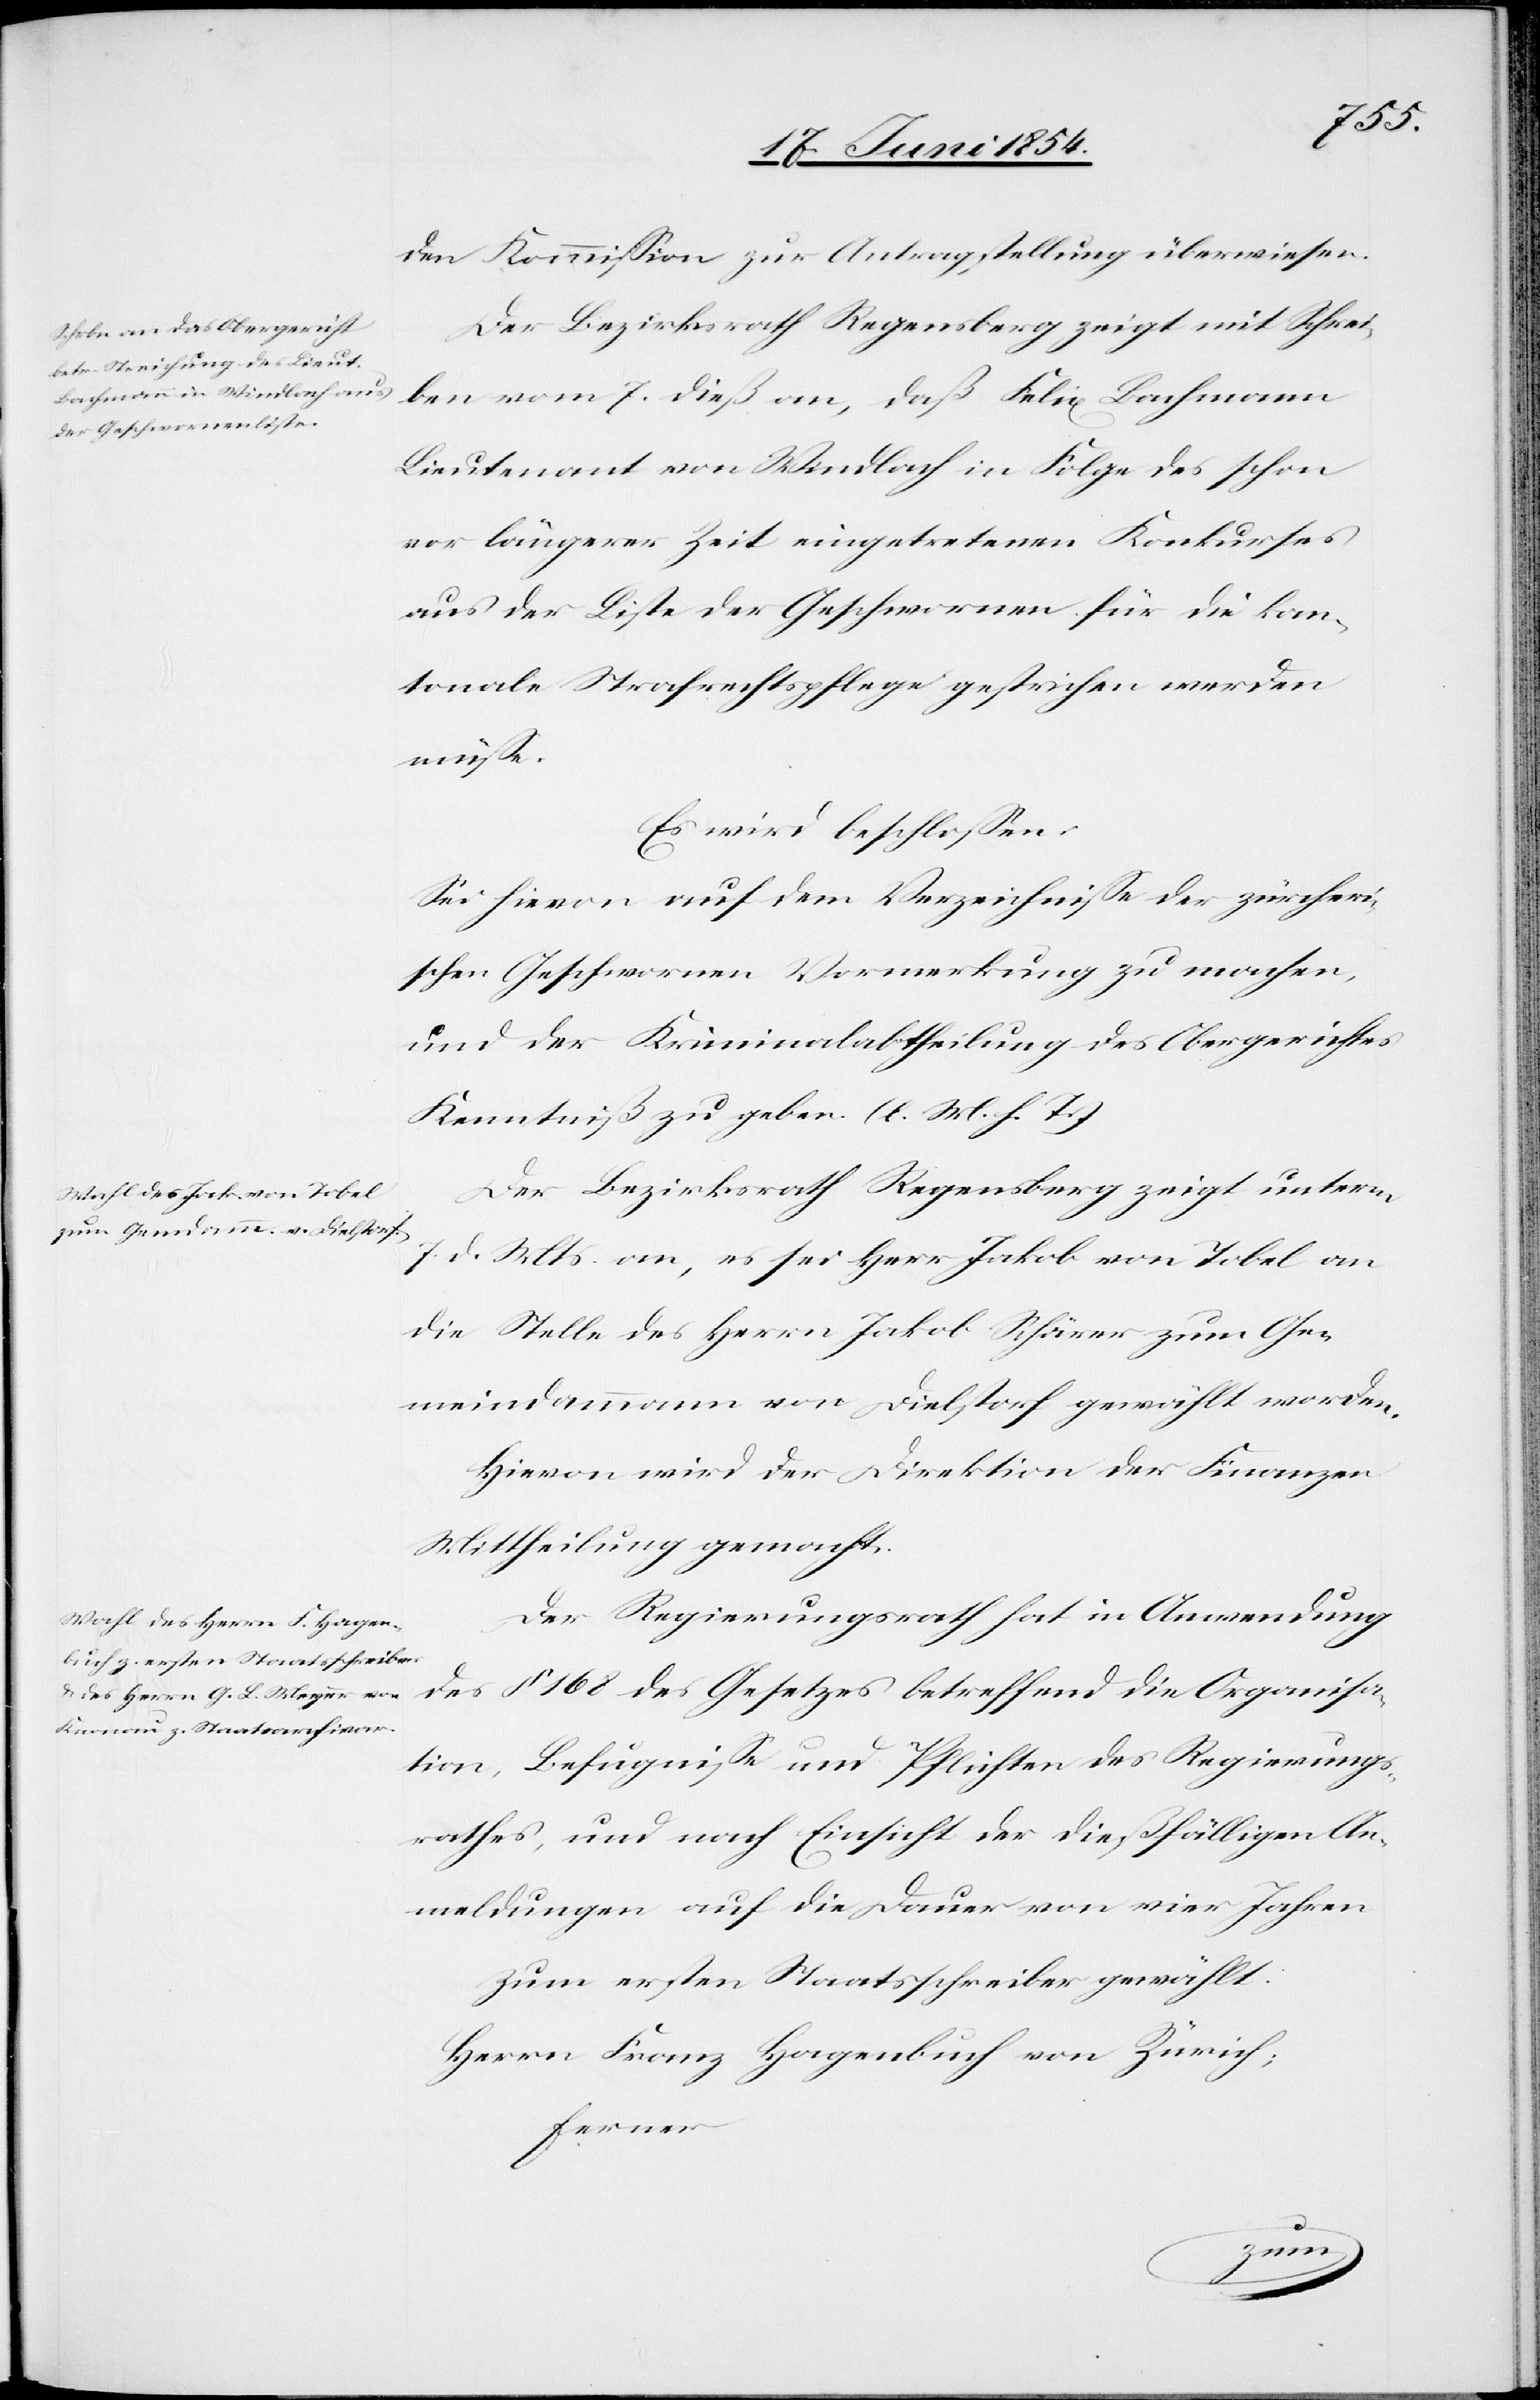
den Kommißion zur Antragstellung überwiesen.
Der Bezirksrath Regensberg zeigt mit Schrei¬
ben vom 7. dieß an, daß Felix Bachmann
Lieutenant von Windlach in Folge des schon
vor längerer Zeit eingetretenen Konkurses
aus der Liste der Geschwornen für die kan¬
tonale Strafrechtspflege gestrichen werden
müße.
Es wird beschloßen:
Sei hievon auf dem Verzeichniße der zürcheri¬
schen Geschwornen Vormerkung zu machen
und der Kriminalabtheilung des Obergerichtes
Kenntniß zu geben. (l. M. h. T.)
Der Bezirksrath Regensberg zeigt unterm
7. d. Mts. an, es sei Herr Jakob von Tobel an
die Stelle des Herrn Jakob Schärer zum Ge¬
meindammann von Dielstorf gewählt worden.
Hievon wird der Direktion der Finanzen
Mittheilung gemacht.
Der Regierungsrath hat in Anwendung
des § 168 des Gesetzes betreffend die Organisa¬
tion, Befugniße und Pflichten des Regierungs¬
rathes, und nach Einsicht der dießfälligen An¬
meldungen auf die Dauer von vier Jahren
zum ersten Staatsschreiber gewählt:
Herrn Franz Hagenbuch von Zürich;
ferner